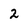
Character: 2